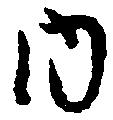
内